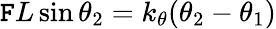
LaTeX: \mathtt{F}L\sin\theta_{2}=k_{\theta}(\theta_{2}-\theta_{1})